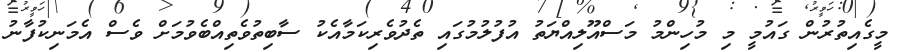
މީގެއިތުރުން ގައުމީ މި މުހިންމު މަސްއޫލިއްޔަތު އުފުލުމުގައި ތެދުވެރިކަމާއެކު ސާބިތުވެތިއްބެވުމަށް ވެސް އެމަނިކުފާނު